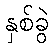
နှစ်ခွဲ